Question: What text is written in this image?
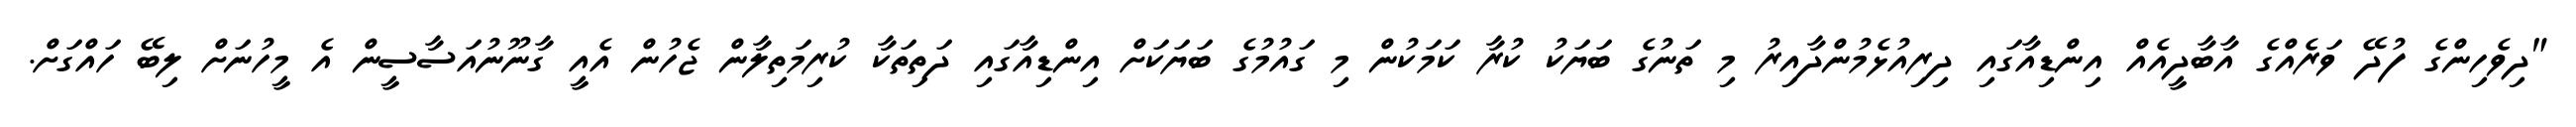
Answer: "ދިވެހިންގެ ފުދޭ ވަރެއްގެ އާބާދީއެއް އިންޑިއާގައި ދިރިއުޅެމުންދާއިރު މި ތަނުގެ ބަޔަކު ކުރާ ކަމަކުން މި ގައުމުގެ ބަޔަކަށް އިންޑިއާގައި ދަތިތަކާ ކުރިމަތިލާން ޖެހުން އެއީ ގާނޫނުއަސާސީން އެ މީހުނަށް ލިބޭ ހައްގަށް.